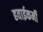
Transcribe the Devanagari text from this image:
हवाईकर्मी